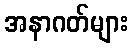
အနာဂတ်များ